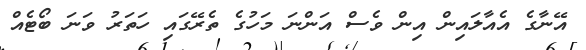
އޭނާގެ އެއާލައިން އިން ވެސް އަންނަ މަހުގެ ތެރޭގައި ހަތަރު ވަނަ ބޯޓެއް